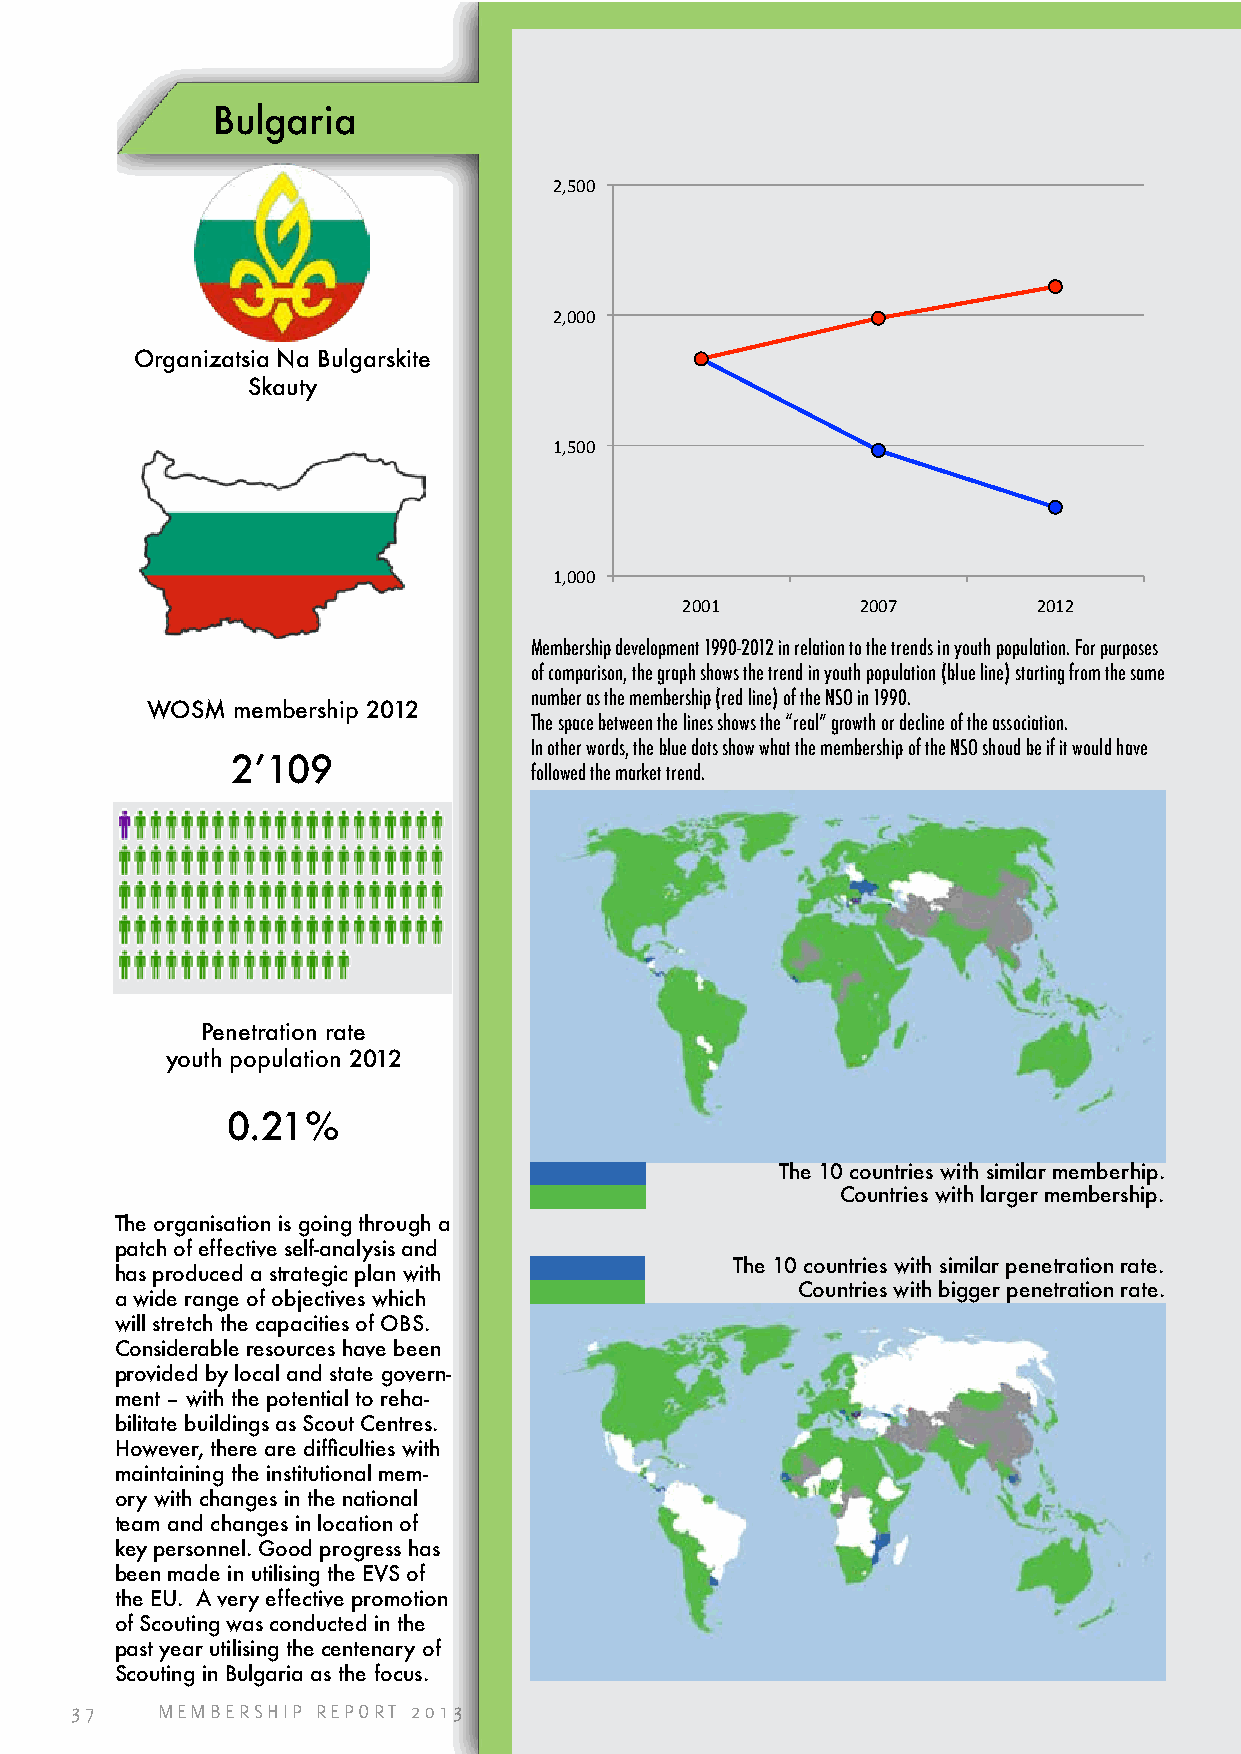
Bulgaria
 2,500
 2,000
 Organizatsia Na Bulgarskite
 Skauty
 1,500
 1,000
 2001        2007        2012
 Membership development 1990-2012 in relation to the trends in youth population. For purposes
 of comparison, the graph shows the trend in youth population (blue line) starting from the same
 number as the membership (red line) of the NSO in 1990.
 WOSM membership 2012
 The space between the lines shows the “real” growth or decline of the association.
 In other words, the blue dots show what the membership of the NSO shoud be if it would have
 2’109
 followed the market trend.
 Penetration rate
 youth population 2012
 0.21%
 The 10 countries with similar memberhip.
 Countries with larger membership.
 The organisation is going through a
 patch of effective self-analysis and
 The 10 countries with similar penetration rate.
 has produced a strategic plan with
 Countries with bigger penetration rate.
 a wide range of objectives which
 will stretch the capacities of OBS.
 Considerable resources have been
 provided by local and state govern-
 ment – with the potential to reha-
 bilitate buildings as Scout Centres.
 However, there are difficulties with
 maintaining the institutional mem-
 ory with changes in the national
 team and changes in location of
 key personnel. Good progress has
 been made in utilising the EVS of
 the EU. A very effective promotion
 of Scouting was conducted in the
 past year utilising the centenary of
 Scouting in Bulgaria as the focus.
 37   MEMBERSHIP REPORT 2013